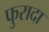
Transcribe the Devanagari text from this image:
फुरादा